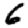
Digit: 6